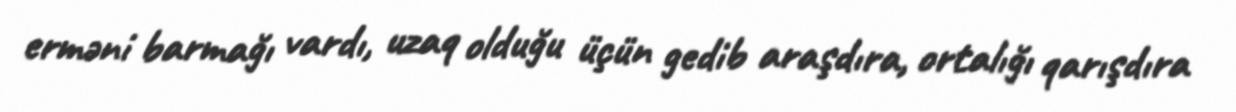
erməni barmağı vardı, uzaq olduğu üçün gedib araşdıra, ortalığı qarışdıra